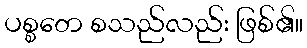
ပစ္စတေ စသည်လည်း ဖြစ်၏။